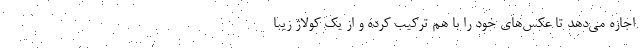
اجازه می‌دهد تا عکس‌های خود را با هم ترکیب کرده و از یک کولاژ زیبا